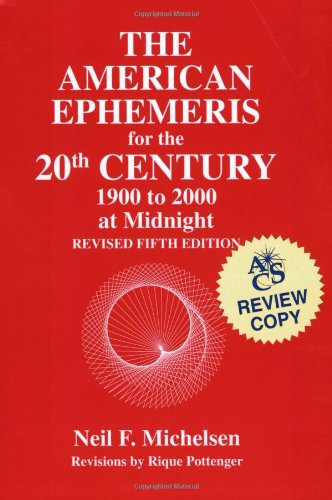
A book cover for American Ephemeris for the 20th Century: 1900 to 2000 at Midnight/5th Revised; Neil F. Michelsen; Reference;